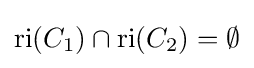
\operatorname {ri} (C_{1})\cap \operatorname {ri} (C_{2})=\emptyset